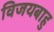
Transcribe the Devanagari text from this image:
विजयबाहु